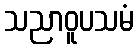
သညာဝူပသမံ